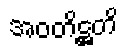
အဝတိဋ္ဌတိ